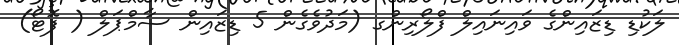
ލަކުޑި ޑިޒައިންގެ ވައިނައިލް ފްލޯރިންގ (މަދުވެގެން 5 ޑިޒައިން ސާމްޕަލް ( ފޮޓޯ)